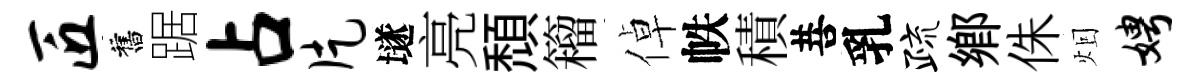
匠舊踞占片𡑞亮頹籕倬帙積菩乳疏鄕侏𤇆娉